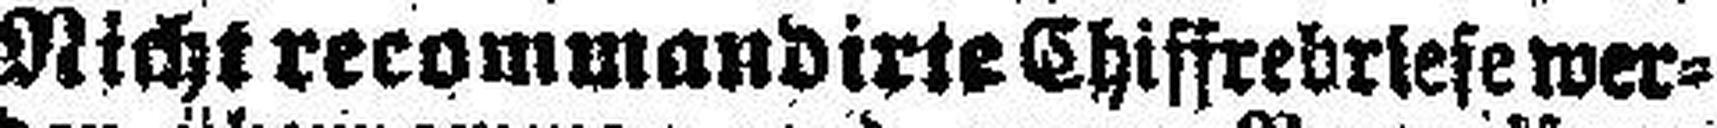
Nicht recommandirte Chiffrebriefe wer¬